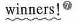
winners!^{⑦}